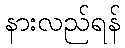
နားလည်ရန်